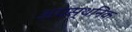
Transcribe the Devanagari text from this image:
अपस्थनिक